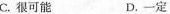
C.很可能 D.一定